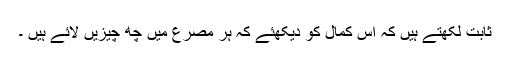
ثابت لکھتے ہیں کہ اس کمال کو دیکھئے کہ ہر مصرع میں چھ چیزیں لائے ہیں ۔